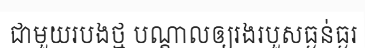
ជាមួយរបងថ្ម បណ្តាលឲ្យរងរបួសធ្ងន់ធ្ងរ